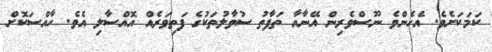
ކަމަކަށެވެ. އެހެންވެ ނޫސްވެރިން އޭނާއާ ތަފާތު ސުވާލުތަކުގެ ފަތިވަރެއް އޮއްސާލި އެވެ. ހާއްސަކޮށް